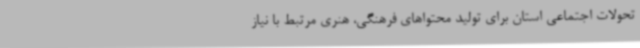
تحولات اجتماعی استان برای تولید محتواهای فرهنگی، هنری مرتبط با نیاز